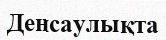
Денсаулықта